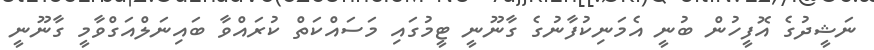
ނަޝީދުގެ އޮފީހުން ބުނީ އެމަނިކުފާނުގެ ގާނޫނީ ޓީމުގައި މަސައްކަތް ކުރައްވާ ބައިނަލްއަގްވާމީ ގާނޫނީ